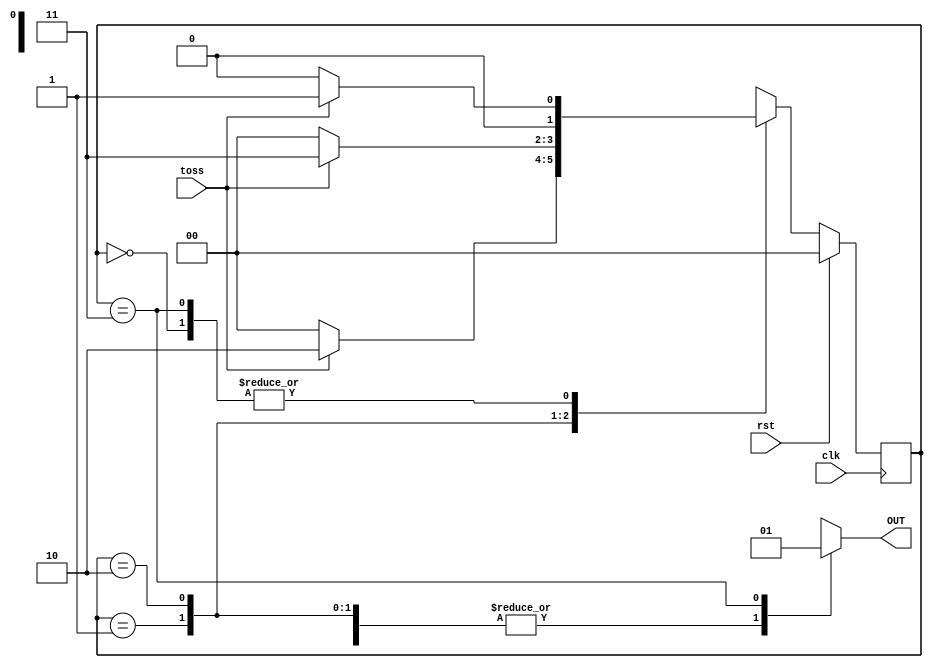
module toss(clk,rst,toss, OUT);
    input clk, rst;
    input toss;
    output reg OUT; 
  reg [1:0] state, nxt_state;

parameter S0 = 0;
parameter S1 = 1;
parameter S2 = 2;
parameter S3 = 3;

 
always @(posedge clk )
	begin
      if (rst)
			state <= S0;
		else
			state <= nxt_state;
	end

  always @(state,toss) 
  begin 
    case (state)
    	S0: begin
            if (toss) begin
                nxt_state <= S1; //Head
            end
          else
            begin
                nxt_state <= S0; //Tail
            end
        end
      
        S1: begin
            if (toss) begin
                nxt_state <= S2; //Head
            end
          else
            begin
                nxt_state <= S0; //Tail
            end
        end
        S2: begin
            if (toss) begin
                nxt_state <= S3; //Head
              
            end
          else
            begin
                nxt_state <= S0; //Tail
            end
        end
      	S3: begin
            if (toss) begin
                nxt_state <= S1;
           
            end
          else
            begin
                nxt_state <= S0;
            end
        end
    endcase
end
      always@(state)
begin
	case(state)
		S0: OUT=0;
		S1: OUT=0;
		S2: OUT=0;
		S3: OUT=1;

	endcase
end

endmodule